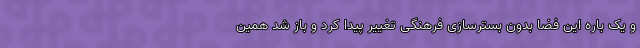
و یک باره این فضا بدون بسترسازی فرهنگی تغییر پیدا کرد و باز شد همین